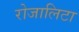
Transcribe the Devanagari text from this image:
रोजालिटा